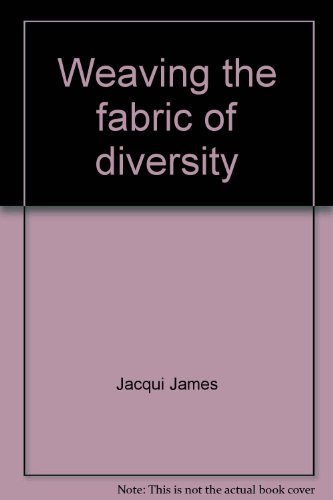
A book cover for Weaving the fabric of diversity: An anti-bias program for adults; Jacqui James; Religion & Spirituality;